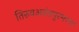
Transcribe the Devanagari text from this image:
तिरुवअनंतपुरमच्या